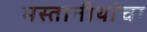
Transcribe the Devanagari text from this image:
मस्तानीयांचा